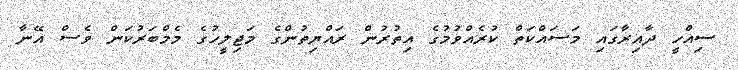
ސިއްހީ ދާއިރާގައި މަސައްކަތް ކުރެއްވުމުގެ އިތުރުން ރައްޔިތުންގެ މަޖިިލީހުގެ މެމްބަރުކަން ވެސް އޭނާ